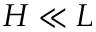
H \ll L